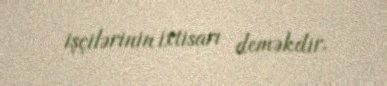
işçilərinin ixtisarı deməkdir.